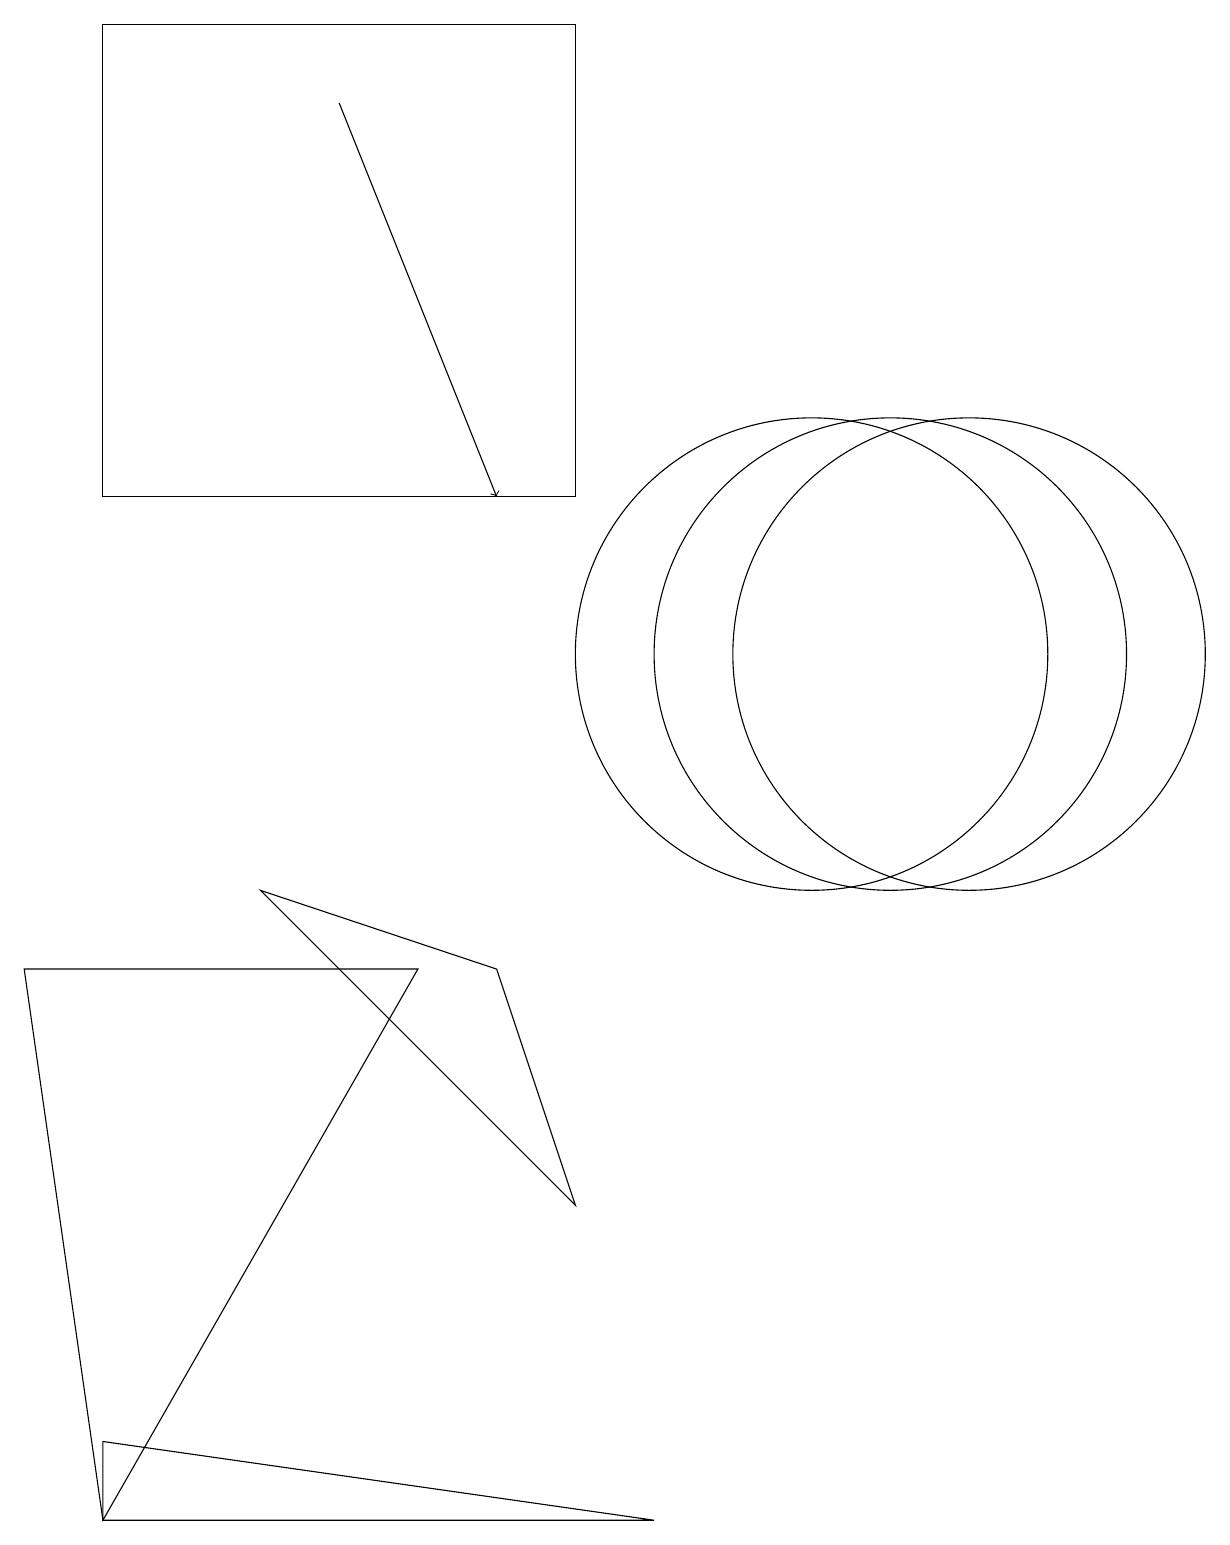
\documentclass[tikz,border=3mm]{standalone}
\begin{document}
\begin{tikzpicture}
\draw (1,1) -- (8,0) -- (1,0) -- cycle;
\draw (1,19) rectangle (7,13);
\draw (6,7) -- (3,8) -- (7,4) -- cycle;
\draw (11,11) circle (3);
\draw (1,0) -- (5,7) -- (0,7) -- cycle;
\draw (12,11) circle (3);
\draw (10,11) circle (3);
\draw[->] (4,18) -- (6,13);
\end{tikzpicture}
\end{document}